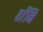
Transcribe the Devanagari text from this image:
हाँनि